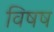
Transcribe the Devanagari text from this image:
विषष